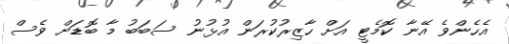
އެހެންވެ އޭނާ ކޮމެޓީ އަށް ހާޒިރުކުރަން އުޅުނު ސަބަބު މާ ބޮޑަށް ވެސް